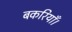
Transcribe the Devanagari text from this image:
बकरियाँ।